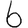
Digit: 6